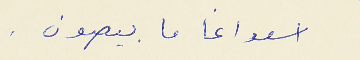
اسعد اغا ما بيصون .